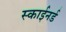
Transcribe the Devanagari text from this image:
स्काईनर्ड